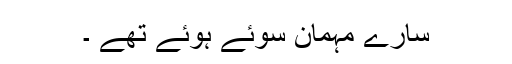
سارے مہمان سوئے ہوئے تھے ۔